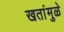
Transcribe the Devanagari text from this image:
खतांमुळे